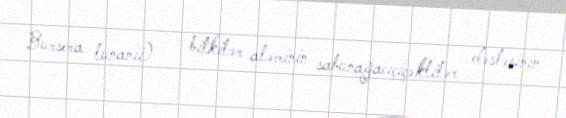
Bursera lunanii) — bitkilər aləminin sabunağacıçiçəklilər dəstəsinin